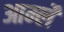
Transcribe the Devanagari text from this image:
आर्म्ले